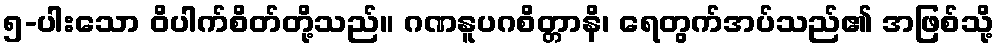
၅-ပါးသော ဝိပါက်စိတ်တို့သည်။ ဂဏနူပဂစိတ္တာနိ၊ ရေတွက်အပ်သည်၏ အဖြစ်သို့